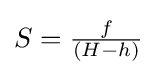
S={\tfrac {f}{(H-h)}}